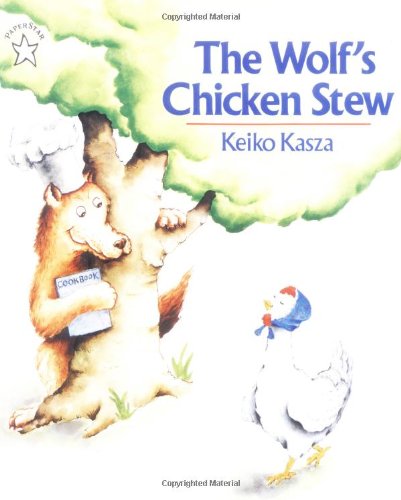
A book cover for The Wolf's Chicken Stew; Keiko Kasza; Children's Books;